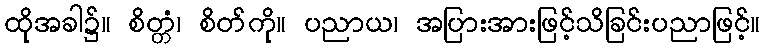
ထိုအခါ၌။ စိတ္တံ၊ စိတ်ကို။ ပညာယ၊ အပြားအားဖြင့်သိခြင်းပညာဖြင့်။